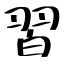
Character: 習